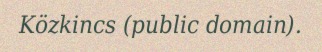
Közkincs (public domain).